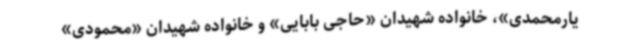
یارمحمدی»، خانواده شهیدان «حاجی بابایی» و خانواده شهیدان «محمودی»